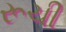
રૂચી